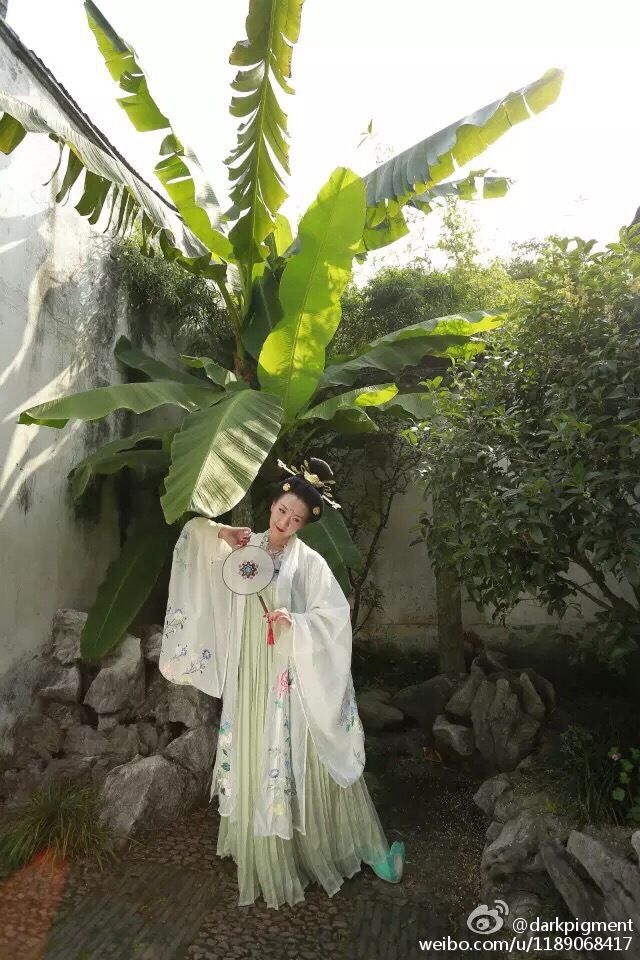
绿鬓能供多少恨，未肯无情比断弦。